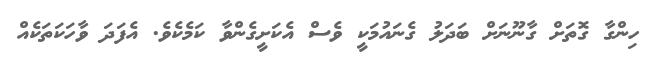
ހިންގާ ގޮތަށް ގާނޫނަށް ބަދަލު ގެނައުމަކީ ވެސް އެކަށީގެންވާ ކަމެކެވެ. އެފަދަ ވާހަކަތަކެއް